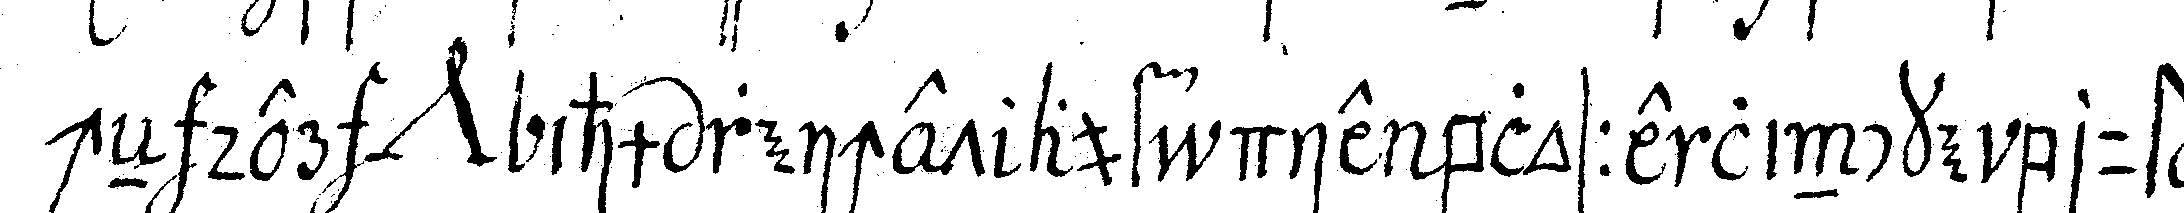
cheN der *nee* ihm reichet auf die blosse lincke brust